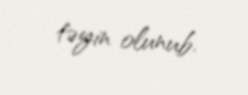
təyin olunub.